Insane asylums Bombay 1873-77 - 1873-1877
Year: 1873
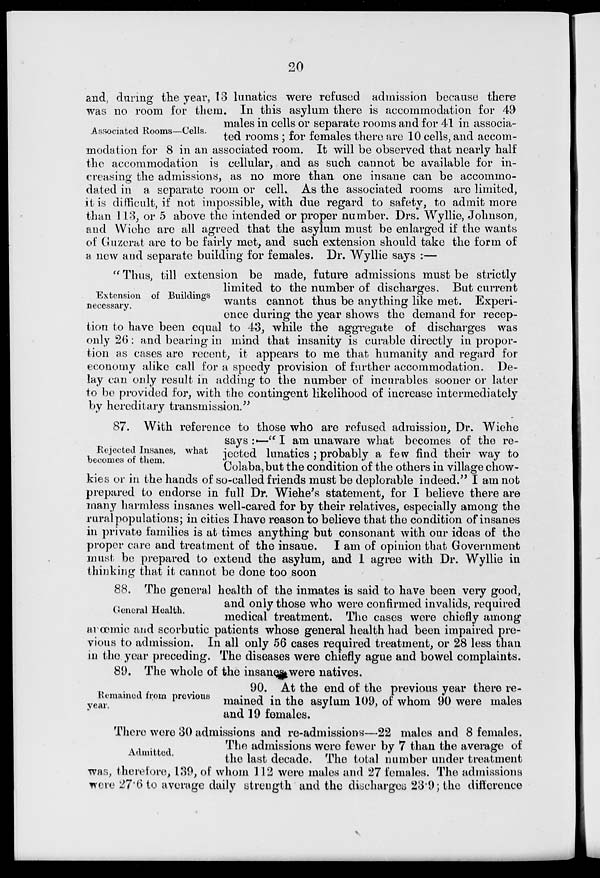
20
Associated Rooms—Cells.
and, during the year, 13 lunatics were refused admission because there
was no room for them. In this asylum there is accommodation for 49
males in cells or separate rooms and for 41 in associa-
ted rooms ; for females there are 10 cells, and accom-
modation for 8 in an associated room. It will be observed that nearly half
the accommodation is cellular, and as such cannot be available for in-
creasing the admissions, as no more than one insane can be accommo-
dated in a separate room or cell. As the associated rooms are limited,
it is difficult, if not impossible, with due regard to safety, to admit more
than 113, or 5 above the intended or proper number. Drs. Wyllie, Johnson,
and Wiehe are all agreed that the asylum must be enlarged if the wants
of Guzerat are to be fairly met, and such extension should take the form of
a new and separate building for females. Dr. Wyllie says :—
Extension of Buildings
necessary.
" Thus, till extension be made, future admissions must be strictly
limited to the number of discharges. But current
wants cannot thus be anything like met. Experi-
ence during the year shows the demand for recep-
tion to have been equal to 43, while the aggregate of discharges was
only 26: and bearing in mind that insanity is curable directly in propor-
tion as cases are recent, it appears to me that humanity and regard for
economy alike call for a speedy provision of further accommodation. De-
lay can only result in adding to the number of incurables sooner or later
to be provided for, with the contingent likelihood of increase intermediately
by hereditary transmission."
Rejected Insanes, what
becomes of them.
87. With reference to those who are refused admission, Dr. Wiehe
says:—" I am unaware what becomes of the re-
jected lunatics ; probably a few find their way to
Colaba,but the condition of the others in village chow-
kies or in the hands of so-called friends must be deplorable indeed." I am not
prepared to endorse in full Dr. Wiehe's statement, for I believe there are
many harmless insanes well-cared for by their relatives, especially among the
rural populations; in cities I have reason to believe that the condition of insanes
in private families is at times anything but consonant with our ideas of the
proper care and treatment of the insane. I am of opinion that Government
must be prepared to extend the asylum, and 1 agree with Dr. Wyllie in
thinking that it cannot be done too soon
General Health.
88. The general health of the inmates is said to have been very good,
and only those who were confirmed invalids, required
medical treatment. The cases were chiefly among
anœmic and scorbutic patients whose general health had been impaired pre-
vious to admission. In all only 56 cases required treatment, or 28 less than
in the year preceding. The diseases were chiefly ague and bowel complaints.
89. The whole of the insanes were natives.
Remained from previous
year.
90. At the end of the previous year there re-
mained in the asylum 109, of whom 90 were males
and 19 females.
Admitted.
There were 30 admissions and re-admissions—22 males and 8 females.
The admissions were fewer by 7 than the average of
the last decade. The total number under treatment
was, therefore, 139, of whom 112 were males and 27 females. The admissions
were 27.6 to average daily strength and the discharges 23.9 ; the difference